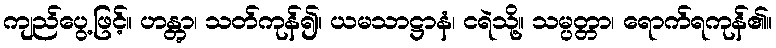
ကျည်ပွေ့ဖြင့်။ ဟန္တွာ၊ သတ်ကုန်၍။ ယမသာဋ္ဌာနံ၊ ငရဲသို့။ သမ္ပတ္တာ၊ ရောက်ရကုန်၏။